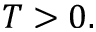
T > 0 .